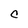
Character: C